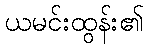
ယမင်းထွန်း၏